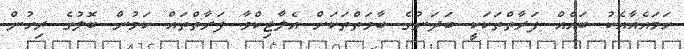
ހަމައެއާއެކު ބައެއް ފަރާތްތަކަކީ ބަދަނުގެ ބާވަތްތަކަށް އެލާޖިކްވާ ފަރާތްތައް ކަމުން ބޮލުގެ ރިހުން